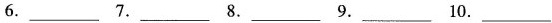
6.___7.___8.___9.___10.___